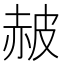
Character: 𧹞